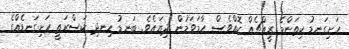
ހަށިގަނޑު ކިތަންމެ ރީއްޗެއް ކޮއްވެސް ހާމަވަމުން ދިޔައެވެ. ބަނޑު ހިނދި ކަސްރަތީ ހަށިގަނޑެއްގެ